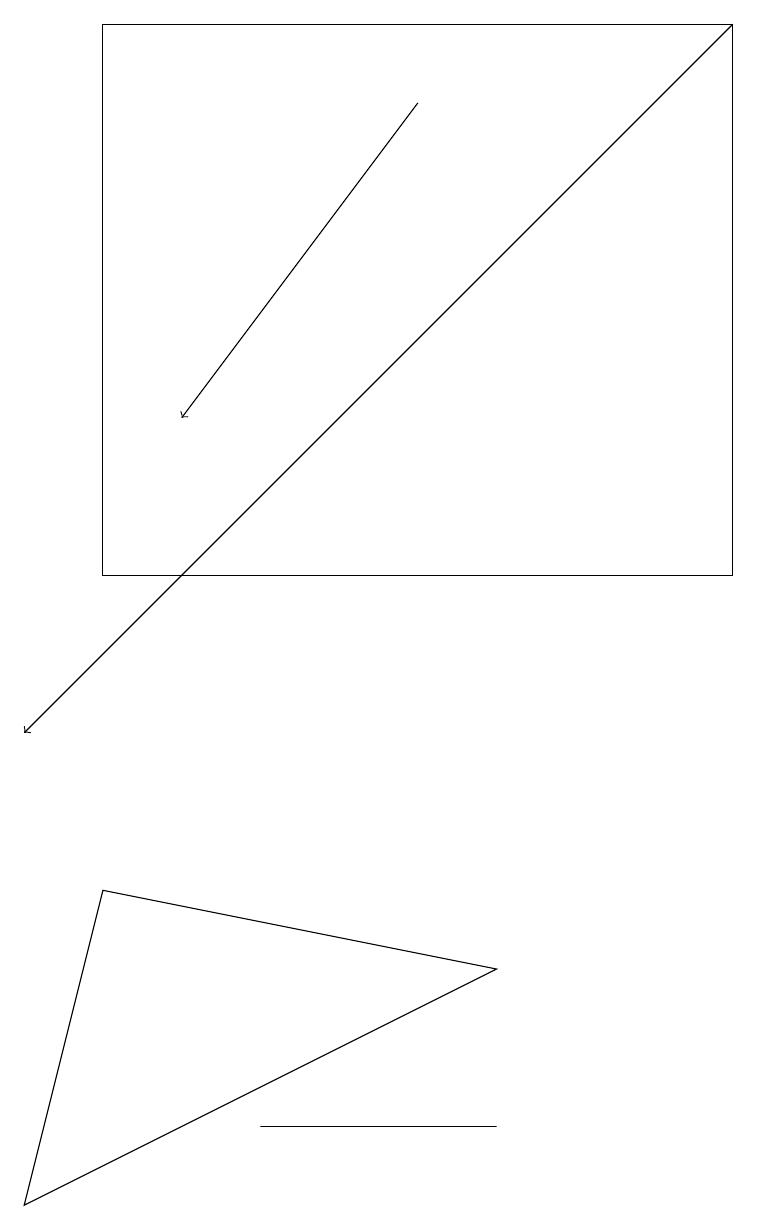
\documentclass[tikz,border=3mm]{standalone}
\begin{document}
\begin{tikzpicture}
\draw[->] (5,18) -- (2,14);
\draw[->] (9,19) -- (0,10);
\draw (1,8) -- (0,4) -- (6,7) -- cycle;
\draw (3,5) -- (6,5) -- (6,5) -- cycle;
\draw (9,19) rectangle (1,12);
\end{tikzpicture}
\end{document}